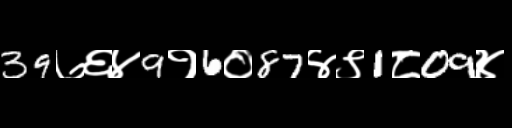
Text: 39७६४9१6०87४९1८09४